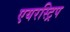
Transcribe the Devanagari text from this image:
एयरस्ट्रिप